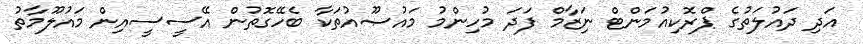
އަދި ދައުލަތުގެ ޕްރޮކިއުމަންޓް ނަިޒާމް ފަދަ މުހިންމު މައުޞޫއުތަކާ ބެހޭގޮތުން އޭސީސީއިން މައުލޫމާތު